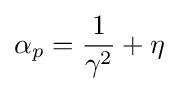
\alpha _{p}={\frac {1}{\gamma ^{2}}}+\eta